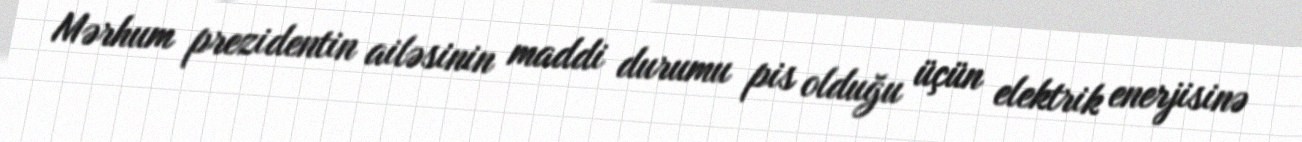
Mərhum prezidentin ailəsinin maddi durumu pis olduğu üçün elektrik enerjisinə